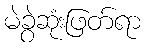
မဲခွဲဆုံးဖြတ်ရာ